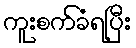
ကူးစက်ခံရပြီး